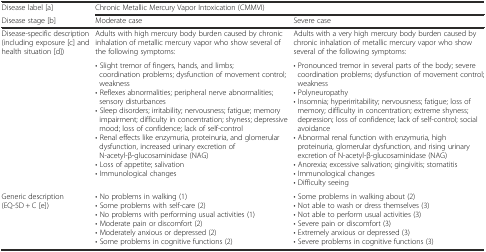
<table><thead><tr><td><b>Disease label [a]</b></td><td colspan="2"><b>Chronic Metallic Mercury Vapor Intoxication (CMMVI)</b></td></tr><tr><td><b>Disease stage [b]</b></td><td><b>Moderate case</b></td><td><b>Severe case</b></td></tr></thead><tbody><tr><td rowspan="2">Disease-specific description (including exposure [c] and health situation [d])</td><td>Adults with high mercury body burden caused by chronic inhalation of metallic mercury vapor who show several of the following symptoms:</td><td>Adults with a very high mercury body burden caused by chronic inhalation of metallic mercury vapor who show several of the following symptoms:</td></tr><tr><td>• Slight tremor of fingers, hands, and limbs; coordination problems; dysfunction of movement control; weakness• Reflexes abnormalities; peripheral nerve abnormalities; sensory disturbances• Sleep disorders; irritability; nervousness; fatigue; memory impairment; difficulty in concentration; shyness; depressive mood; loss of confidence; lack of self-control• Renal effects like enzymuria, proteinuria, and glomerular dysfunction, increased urinary excretion of N-acetyl-β-glucosaminidase (NAG)• Loss of appetite; salivation• Immunological changes</td><td>• Pronounced tremor in several parts of the body; severe coordination problems; dysfunction of movement control; weakness• Polyneuropathy• Insomnia; hyperirritability; nervousness; fatigue; loss of memory; difficulty in concentration; extreme shyness; depression; loss of confidence; lack of self-control; social avoidance• Abnormal renal function with enzymuria, high proteinuria, glomerular dysfunction, and rising urinary excretion of N-acetyl-β-glucosaminidase (NAG)• Anorexia; excessive salivation; gingivitis; stomatitis• Immunological changes• Difficulty seeing</td></tr><tr><td>Generic description (EQ-5D + C [e])</td><td>• No problems in walking (1)• Some problems with self-care (2)• No problems with performing usual activities (1)• Moderate pain or discomfort (2)• Moderately anxious or depressed (2)• Some problems in cognitive functions (2)</td><td>• Some problems in walking about (2)• Not able to wash or dress themselves (3)• Not able to perform usual activities (3)• Severe pain or discomfort (3)• Extremely anxious or depressed (3)• Severe problems in cognitive functions (3)</td></tr></tbody></table>